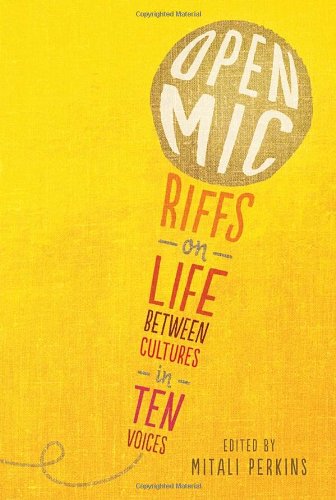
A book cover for Open Mic: Riffs on Life Between Cultures in Ten Voices; Various; Teen & Young Adult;